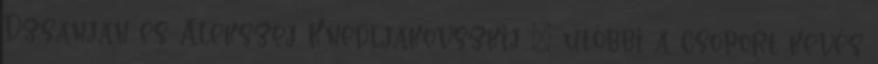
Dzsanjan és Alekszej Knedljakovszkij – utóbbi a csoport kevés